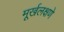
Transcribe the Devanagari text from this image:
मूर्खलक्षणे